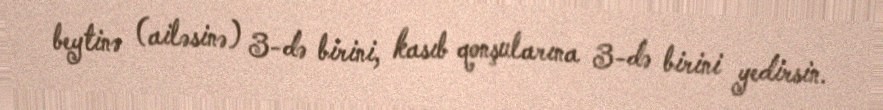
beytinə (ailəsinə) 3-də birini, kasıb qonşularına 3-də birini yedirsin.